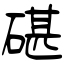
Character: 碪